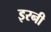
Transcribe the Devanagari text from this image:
इरनी